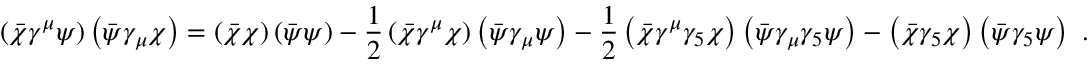
\left( { \bar { \chi } } \gamma ^ { \mu } \psi \right) \left( { \bar { \psi } } \gamma _ { \mu } \chi \right) = \left( { \bar { \chi } } \chi \right) \left( { \bar { \psi } } \psi \right) - { \frac { 1 } { 2 } } \left( { \bar { \chi } } \gamma ^ { \mu } \chi \right) \left( { \bar { \psi } } \gamma _ { \mu } \psi \right) - { \frac { 1 } { 2 } } \left( { \bar { \chi } } \gamma ^ { \mu } \gamma _ { 5 } \chi \right) \left( { \bar { \psi } } \gamma _ { \mu } \gamma _ { 5 } \psi \right) - \left( { \bar { \chi } } \gamma _ { 5 } \chi \right) \left( { \bar { \psi } } \gamma _ { 5 } \psi \right) ~ .